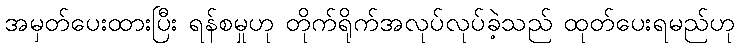
အမှတ်ပေးထားပြီး ရန်စမှုဟု တိုက်ရိုက်အလုပ်လုပ်ခဲ့သည် ထုတ်ပေးရမည်ဟု